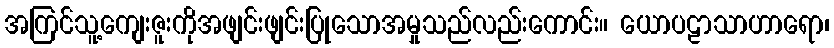
အကြင်သူ့ကျေးဇူးကိုအဖျင်းဖျင်းပြုသောအမှုသည်လည်းကောင်း။ ယောပဠာသာဟာရော၊